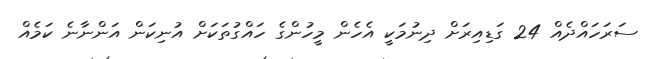
ސަރަހައްދެއް 24 ގަޑިއިރަށް ދިނުމަކީ އެހެން މީހުންގެ ހައްގުތަކަށް އުނިކަން އަންނާނެ ކަމެއް